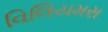
વિલિયમસ